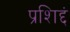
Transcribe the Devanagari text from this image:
प्रशिद्दं